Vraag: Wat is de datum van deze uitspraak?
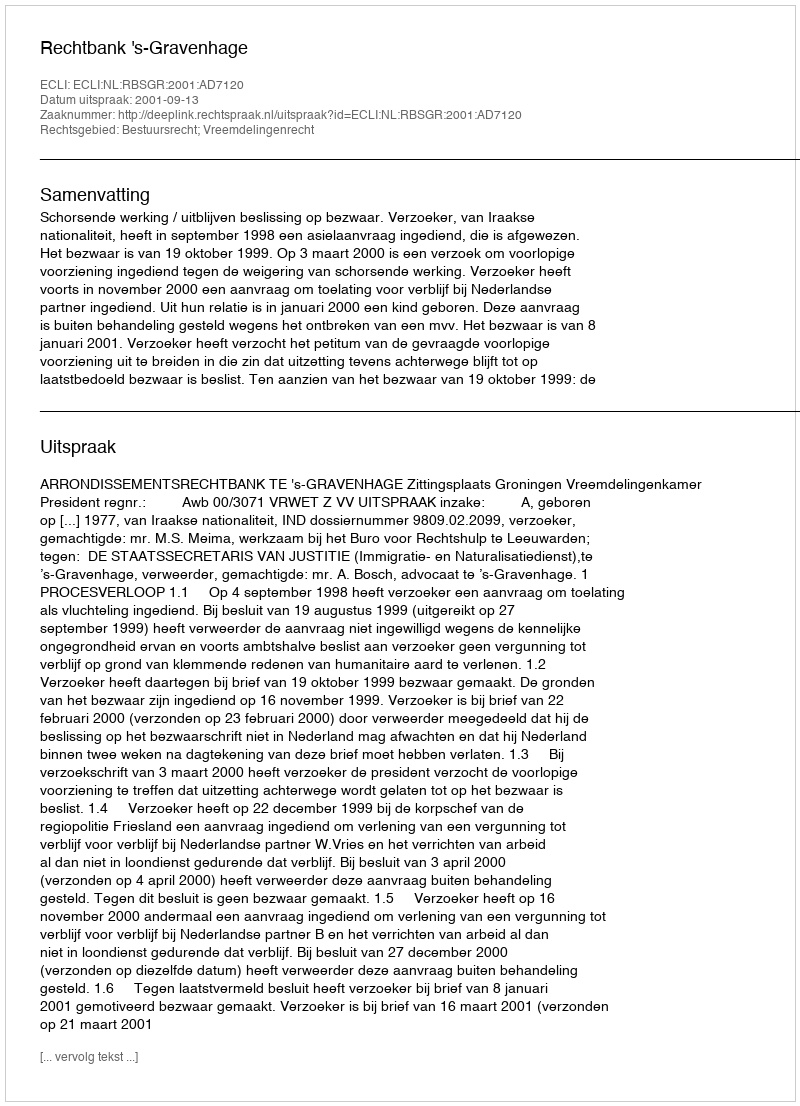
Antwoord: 2001-09-13